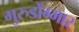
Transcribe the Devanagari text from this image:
गुरुडोंग्मार